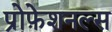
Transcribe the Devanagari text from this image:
प्रोफ़ेशनल्स